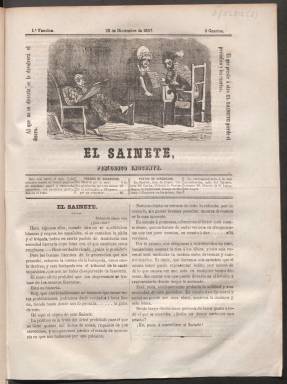
Título: El Sainete (Madrid. 1857)
Colección: Espectáculos
Ámbito geográfico: Madrid
Lugar de publicación: Madrid
Fechas: 25/12/1857-28/02/1858